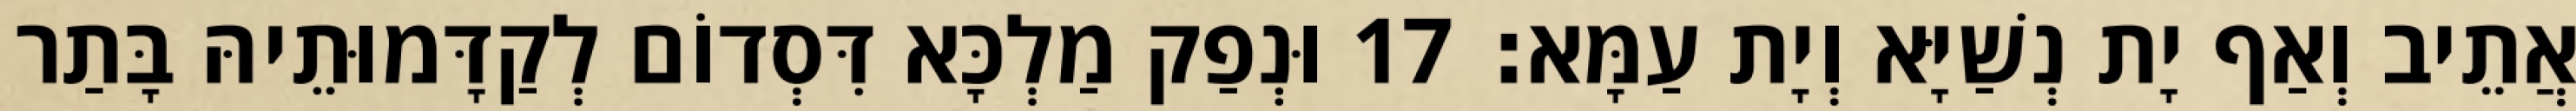
אֲתֵיב וְאַף יָת נְשַׁיָּא וְיָת עַמָּא׃ 17 וּנְפַק מַלְכָּא דִּסְדוֹם לְקַדָּמוּתֵיהּ בָּתַר